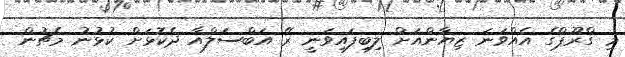
މި ގްރޫޕްގެ އެއްވަނަ ޒިޔާންއަށް ލިބިފައިވަނީ ރޭ އަބްސަލްއާ ދެކޮޅަށް ކުޅުނު މެޗުން